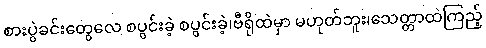
စားပွဲခင်းတွေလေ စပွင်းခဲ့ စပွင်းခဲ့၊ဗီရိုထဲမှာ မဟုတ်ဘူး၊သေတ္တာထဲကြည့်